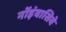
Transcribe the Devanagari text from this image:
नोंइंवासिवे